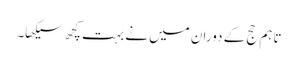
تاہم حج کے دوران میں نے بہت کچھ سیکھا۔